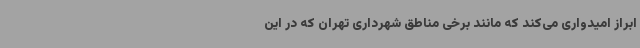
ابراز امیدواری می‌کند که مانند برخی مناطق شهرداری تهران که در این